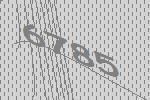
6785